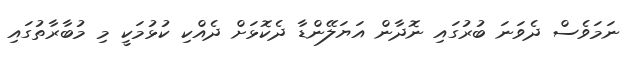
ނަމަވެސް ދެވަނަ ބުރުގައި ނޮދާން އަޔަލޭންޑާ ދެކޮޅަށް ދެއްކި ކުޅުމަކީ މި މުބާރާތުގައި